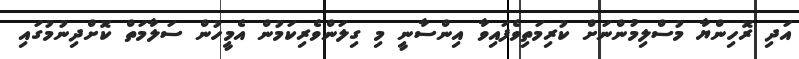
އަދި ރޮހިންޔާ މުސްލިމުންނަށް ކުރިމަތިވެފައިވާ އިންސާނީ މި ގިލަންވެރިކަމުން އެމީހުން ސަލާމަތް ކޮށްދިނުމުގައި